Eestimaa_Kommunistliku_Partei_Keskkomitee, lk 82
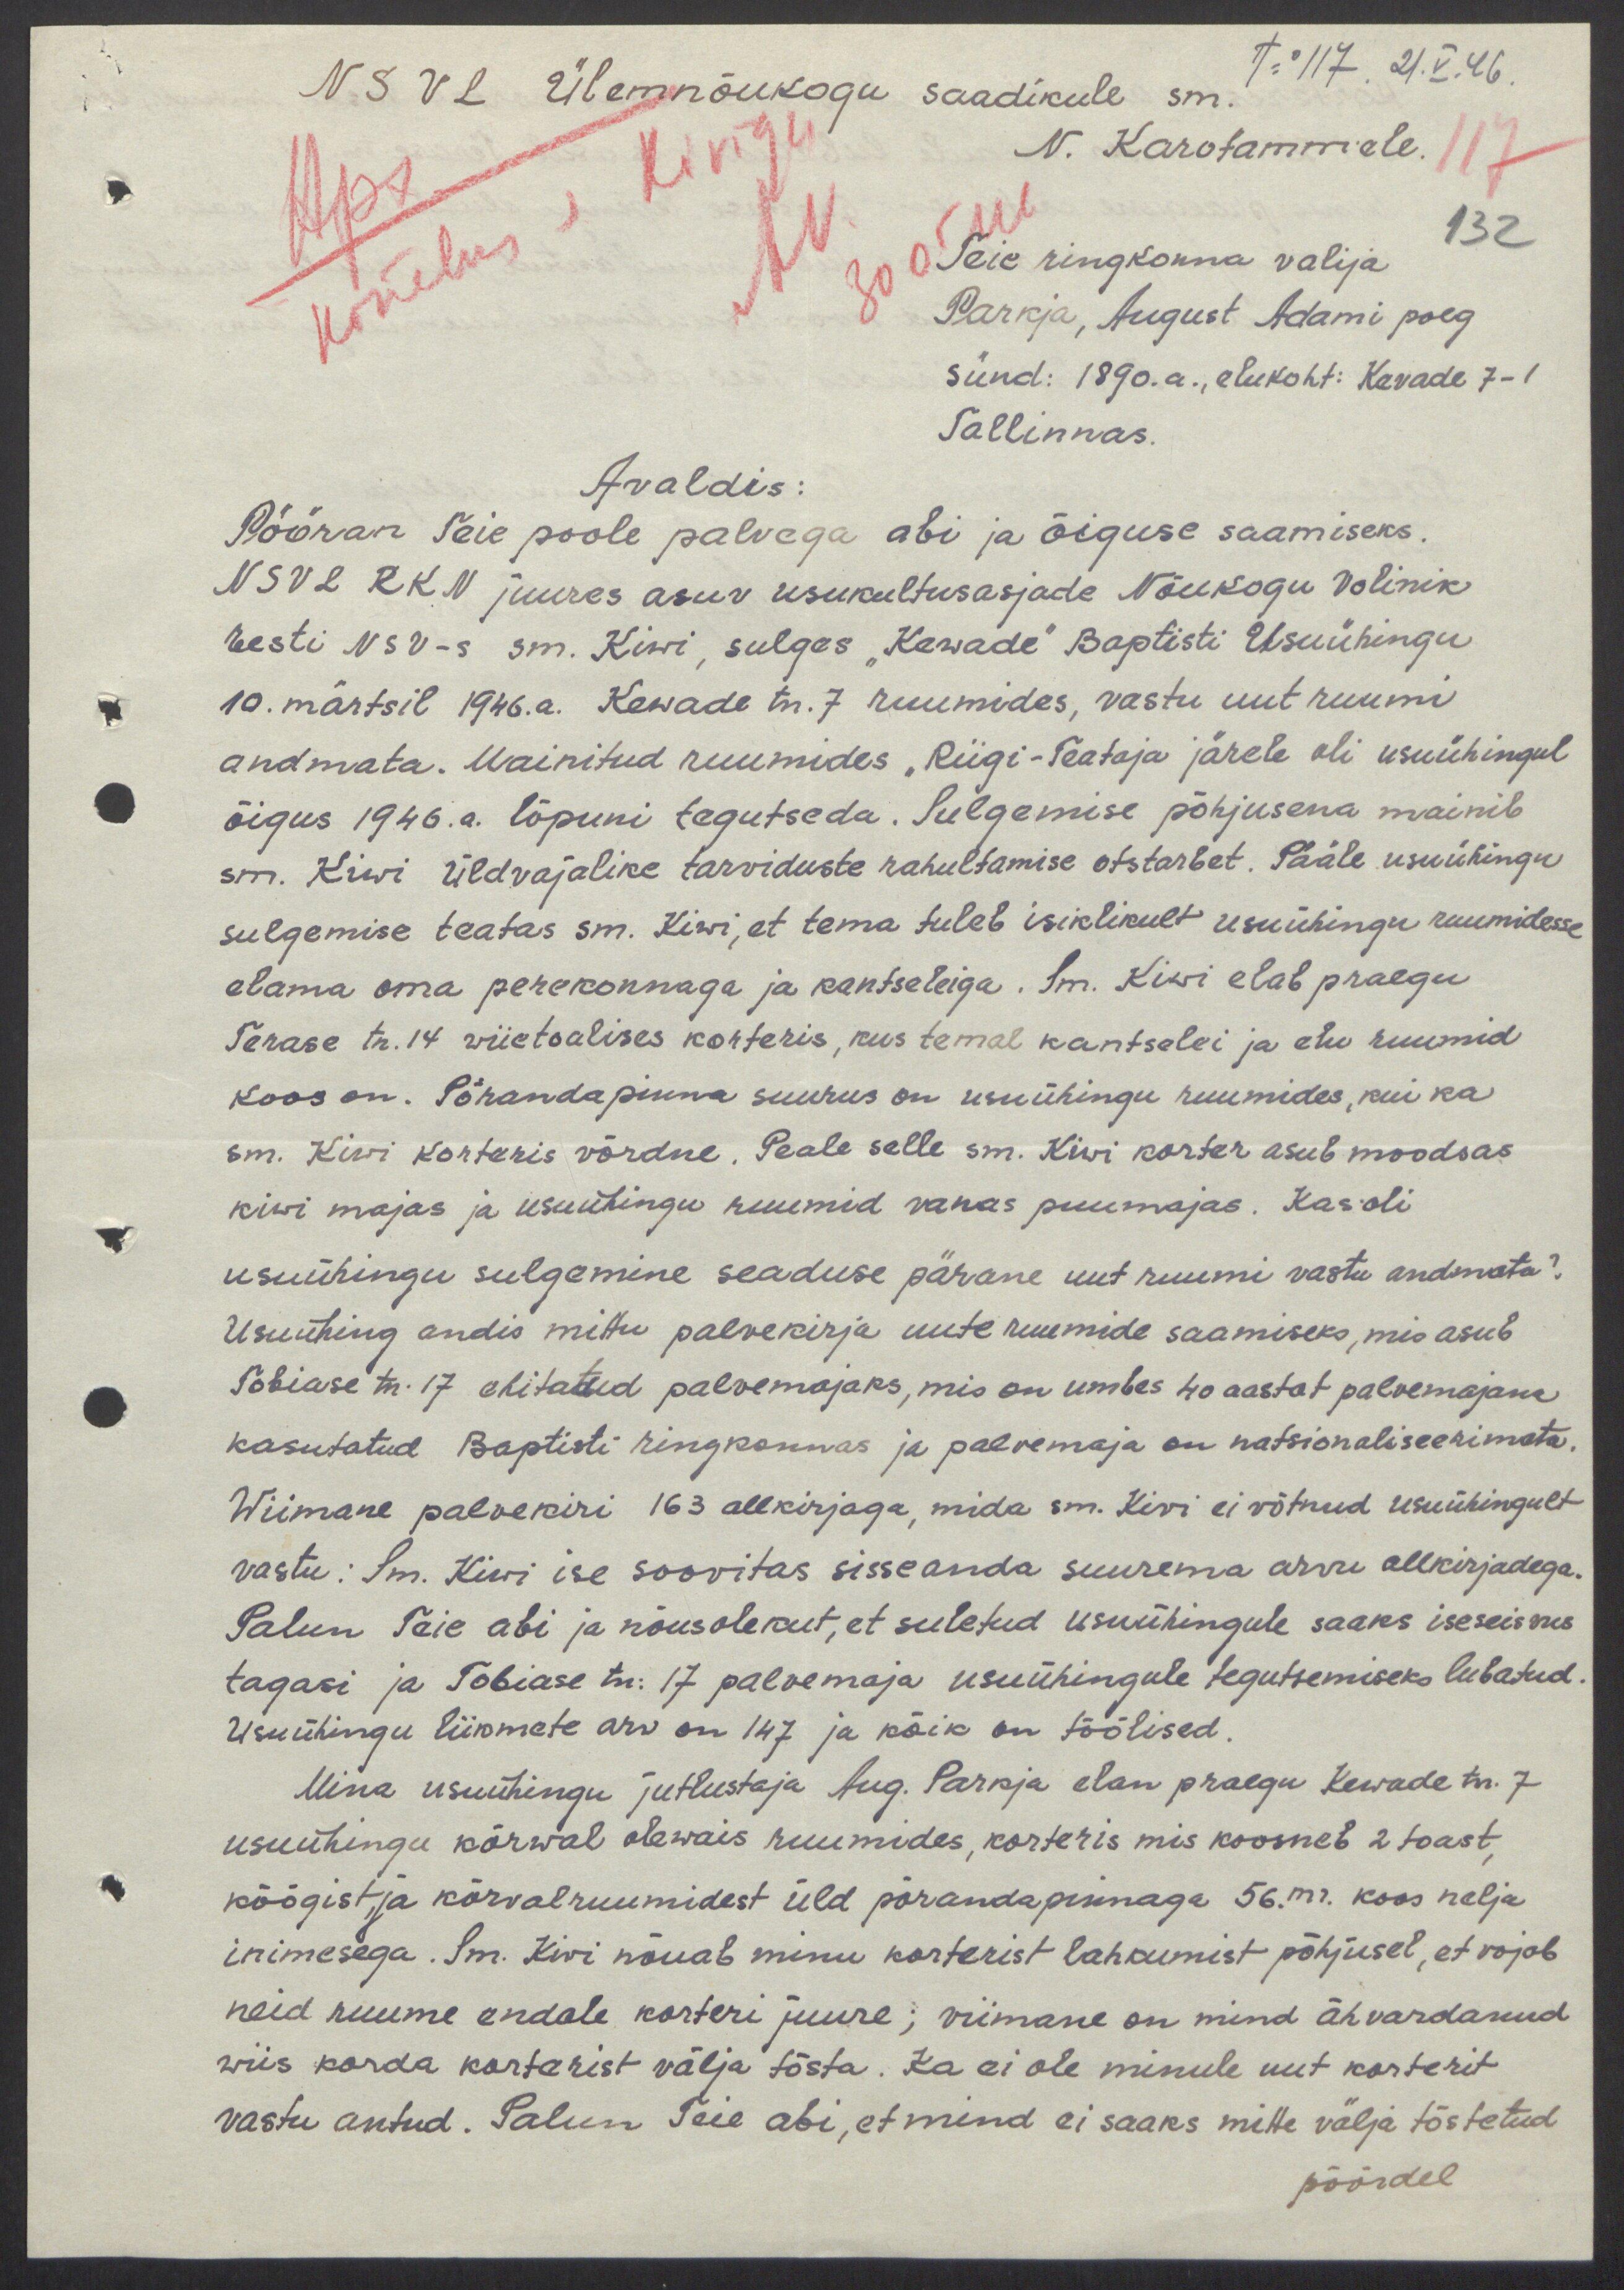
No 117. 21.V.46.
NSVL Ülemnõukogu saadikule sm.
N. Karotamm'ele.
Teie ringkonna valija
132
Parkja, August Adami poeg
sünd: 1890.a., elukoht: Kevade 7-1
Tallinnas.
Avaldis:
Pööran Teie poole palvega abi ja õiguse saamiseks.
NSVL RKN juures asuv usukultusasjade Nõukogu volinik
Eesti NSV-s sm. Kiwi, sulgas "Kewade" Baptisti Usuühingu
10. märtsil 1946.a. Kewade tn. 7 ruumides, vastu uut ruumi
andmata. Mainitud ruumides „Riigi-Teataja järele oli usuühingul
õigus 1946.a. lõpuni tegutseda. Sulgemise põhjusena mainib
sm. Kiwi üldvajalike tarviduste rahultamise otstarbet. Pääle usuühingu
sulgemise teatas sm. Kiwi, et tema tuleb isiklikult usuühingu ruumidesse
elama oma perekonnaga ja kantseleiga. Sm. Kiwi elab praegu
Terase tn.14 viietoalises korteris, kus temal kantselei ja elu ruumid
koos on. Põrandapinna suurus on usuühingu ruumides, kui ka
sm. Kiwi korteris võrdne. Peale selle sm. Kiwi korter asub moodsas
kivi majas ja usuühingu ruumid vanas puumajas. Kas oli
usuühingu sulgemine seaduse pärane uut ruumi vastu andmata?
Usuühing andis mittu palvekirja uute ruumide saamiseks, mis asub
Tobiase tn. 17 ehitatud palvemajaks, mis on umbes 40 aastat palvemajana
kasutatud Baptisti ringkonnas ja palvemaja on natsionaliseerimata.
Wiimane palvekiri 163 allkirjaga, mida sm. Kivi ei võtnud usuühingult
vastu: Sm. Kiwi ise soovitas sisse anda suurema arvu allkirjadega.
Palun Teie abi ja nõusolekut, et suletud usuühingule saaks iseseisvus
tagasi ja Tobiase tn. 17 palvemaja usuühingule tegutsemiseks lubatud
Usuühingu liikmete arv on 147 ja kõik on töölised.
Mina usuühingu jutlustaja Aug. Parkja elan praegu Kewade tn. 7
usuühingu kõrwal olewais ruumides, korteris mis koosneb 2 toast,
köögist ,ja kõrvalruumidest üld põrandapinnaga 56. m2. koos nelja
inimesega. Sm. Kivi nõuab minu korterist lahkumist põhjusel, et vajab
neid ruume endale korteri juure; viimane on mind ähvardanud
wiis korda korterist välja tõsta. Ka ei ole minule uut korterit
vastu antud. Palun Teie abi, et mind ei saaks mitte välja tõstetud
pöördel